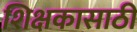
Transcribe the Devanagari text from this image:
शिक्षकासाठी